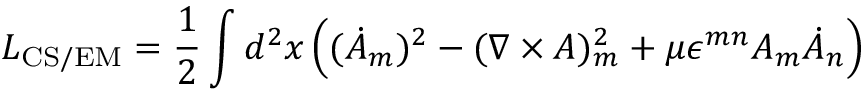
L _ { \mathrm { C S / E M } } = \frac 1 2 \int d ^ { 2 } x \, \Bigl ( ( \dot { A } _ { m } ) ^ { 2 } - ( \nabla \times A ) _ { m } ^ { 2 } + \mu \epsilon ^ { m n } A _ { m } \dot { A } _ { n } \Bigr )